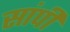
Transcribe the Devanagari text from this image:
सांपी